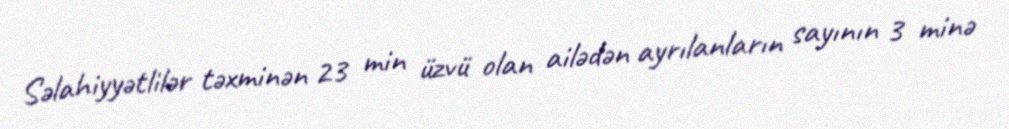
Səlahiyyətlilər təxminən 23 min üzvü olan ailədən ayrılanların sayının 3 minə